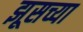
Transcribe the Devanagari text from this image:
झूसच्या